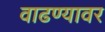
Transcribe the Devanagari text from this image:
वाढण्यावर